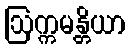
ဩက္ကမန္တိယာ